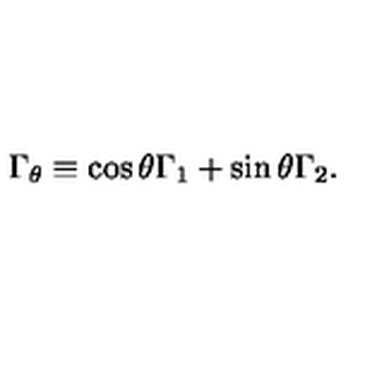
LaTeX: \Gamma _ { \theta } \equiv \cos \theta \Gamma _ { 1 } + \sin \theta \Gamma _ { 2 } .